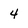
Character: 4